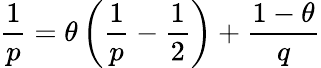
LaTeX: \frac{1}{p}=\theta\left(\frac{1}{p}-\frac{1}{2}\right)+\frac{1-\theta}{q}